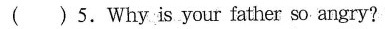
( )5.Why is your father so angry?